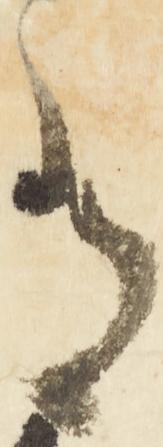
有